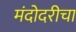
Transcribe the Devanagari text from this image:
मंदोदरीचा